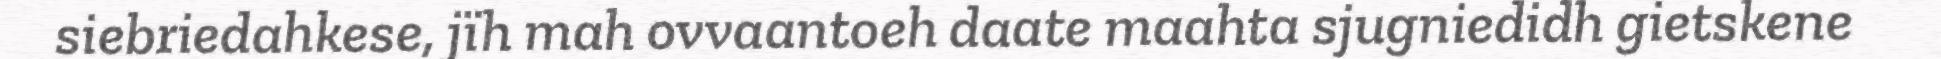
siebriedahkese, jïh mah ovvaantoeh daate maahta sjugniedidh gietskene